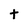
Character: t